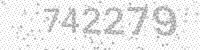
Solution: 742279